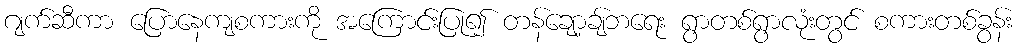
ဂျက်ဆီကာ ပြောနေကျစကားကို အကြောင်းပြု၍ တန်ချော့ချ်ဘရေး ရွာတစ်ရွာလုံးတွင် စကားတစ်ခွန်း